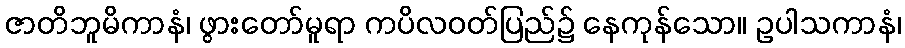
ဇာတိဘူမိကာနံ၊ ဖွားတော်မူရာ ကပိလဝတ်ပြည်၌ နေကုန်သော။ ဥပါသကာနံ၊